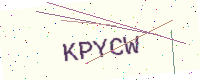
Text: KPYCW